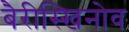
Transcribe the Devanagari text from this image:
बैरीस्खिनोव